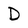
Character: D